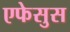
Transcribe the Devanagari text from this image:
एफेसुस